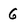
Character: 6